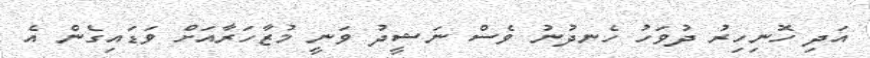
އަދި ހޮނިހިރު ދުވަހު ހެނދުނު ވެސް ނަޝީދު ވަނީ މުޒާހަރާއަށް ވަޑައިގެން އެ